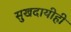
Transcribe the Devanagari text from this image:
सुखदायीही